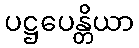
ပဋ္ဌပေန္တိယာ